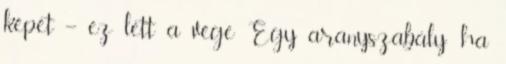
képet – ez lett a vége Egy aranyszabály: ha